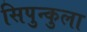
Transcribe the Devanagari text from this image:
सिपुन्कुला